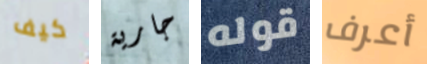
كيف جارية قوله أعرف